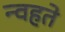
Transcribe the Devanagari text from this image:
न्वहते